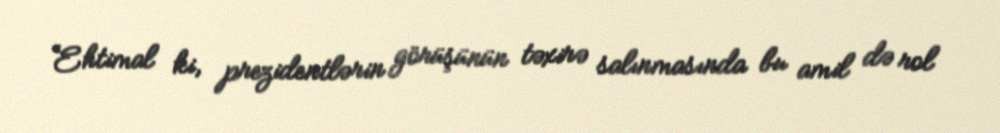
Ehtimal ki, prezidentlərin görüşünün təxirə salınmasında bu amil də rol